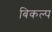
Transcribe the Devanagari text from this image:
बिकल्प